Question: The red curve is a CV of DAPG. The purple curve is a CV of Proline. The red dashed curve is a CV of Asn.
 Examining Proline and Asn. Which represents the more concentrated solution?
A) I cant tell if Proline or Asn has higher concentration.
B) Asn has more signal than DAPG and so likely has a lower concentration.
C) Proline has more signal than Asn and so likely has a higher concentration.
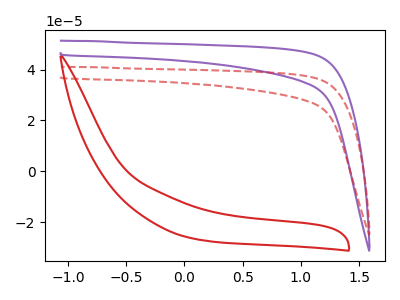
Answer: <think>The red curve "DAPG" has no peaks. The purple curve "Proline" has no peaks. The red dashed curve "Asn" has no peaks.
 Neither "Proline" or "Asn" have any peaks.</think>
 <answer>A) I cant tell if "Proline" or "Asn" has higher concentration.</answer>
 <eval>A</eval>